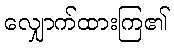
လျှောက်ထားကြ၏